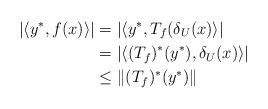
\begin{align*}\left|\left\langle y^*,f(x)\right\rangle\right|&=\left|\left\langle y^*,T_{f}(\delta _{U}(x)\right\rangle\right|\\ &=\left|\left\langle (T_{f})^*(y^*),\delta _{U}(x)\right\rangle\right|\\ &\leq \left\|(T_{f})^*(y^*)\right\| \end{align*}